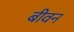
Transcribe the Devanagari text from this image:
बीवन